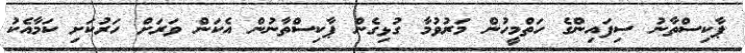
ޕާކިސްތާނު ސިފައިންގެ ހަތްމީހުން މަރުވުމާ ގުޅިގެން ޕާކިސްތާނުން އެކަން ވަރަށް ހަރުކަށި ކަމާއެކު